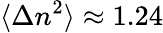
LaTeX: \langle\Delta n^{2}\rangle\approx 1.24